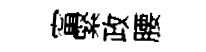
甯緊政腰